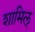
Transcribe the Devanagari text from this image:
शामिल्